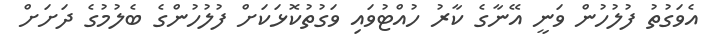
އެވަގުތު ފުލުހުން ވަނީ އޭނާގެ ކާރު ހުއްޓުވައި ވަގުތުކޮޅަކަށް ފުލުހުންގެ ބެލުމުގެ ދަށަށް